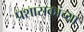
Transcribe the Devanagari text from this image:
प्रशासकांच्या